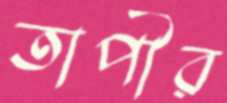
তাপীর